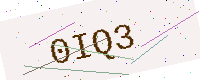
Text: 0IQ3